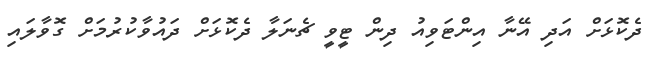
ދެކޮޅަށް އަދި އޭނާ އިންޓަވިއު ދިން ޓީވީ ޗެނަލާ ދެކޮޅަށް ދައުވާކުރުމަށް ގޮވާލައި